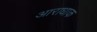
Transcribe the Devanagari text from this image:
आराधाक